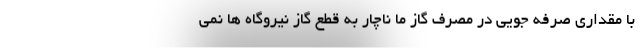
با مقداری صرفه جویی در مصرف گاز ما ناچار به قطع گاز نیروگاه ها نمی